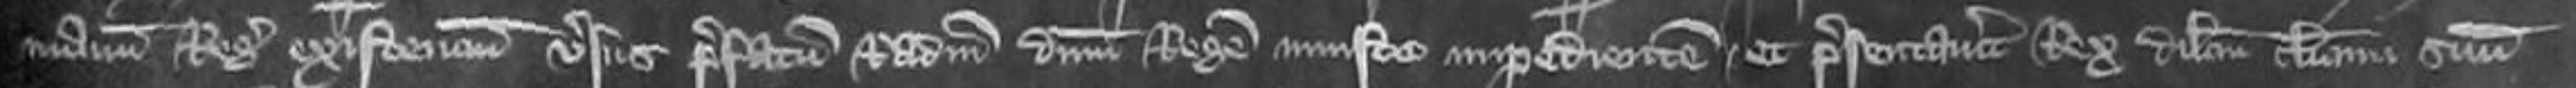
manum Regis existencium versus prefatum Radulphum dominum Regem iniuste impedientem et presentavitur Rex dilectum clericum suum